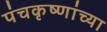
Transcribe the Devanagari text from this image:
पंचकृष्णांच्या